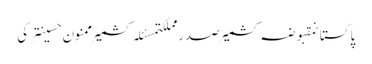
پاکستانمقبوضہ کشمیرصدر مملکتمسئلہ کشمیرممنون حسینترکی